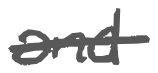
Text: and
Cross-out: single-line
Writing tool: digital_gray